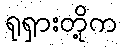
ရုရှားတို့က